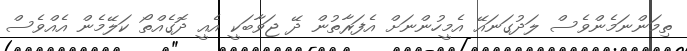
ތިމަންނަމެންވެސް ލަދުގަނައޭ އެމީހުންނަށް އެފަރާތުން ދޭ ޖަވާބަކީ އެއީ ދޮގެއްތޯ ކަލޭމެން އެއްވެސް